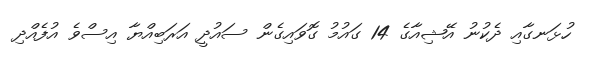
ހުޅަނގާއި ދެކުނު އޭޝިއާގެ 14 ގައުމު ގޮވައިގެން ސައުދީ އަރަބިއްޔާ އިސްވެ އުފެއްދި